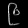
Digit: ၉